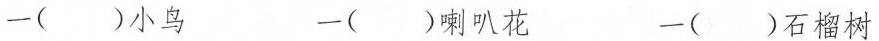
一()小鸟 一()喇叭花 一()石榴树